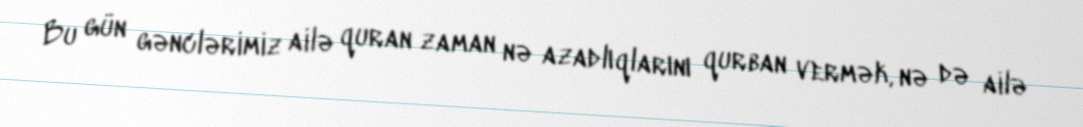
Bu gün gənclərimiz ailə quran zaman nə azadlıqlarını qurban vermək, nə də ailə